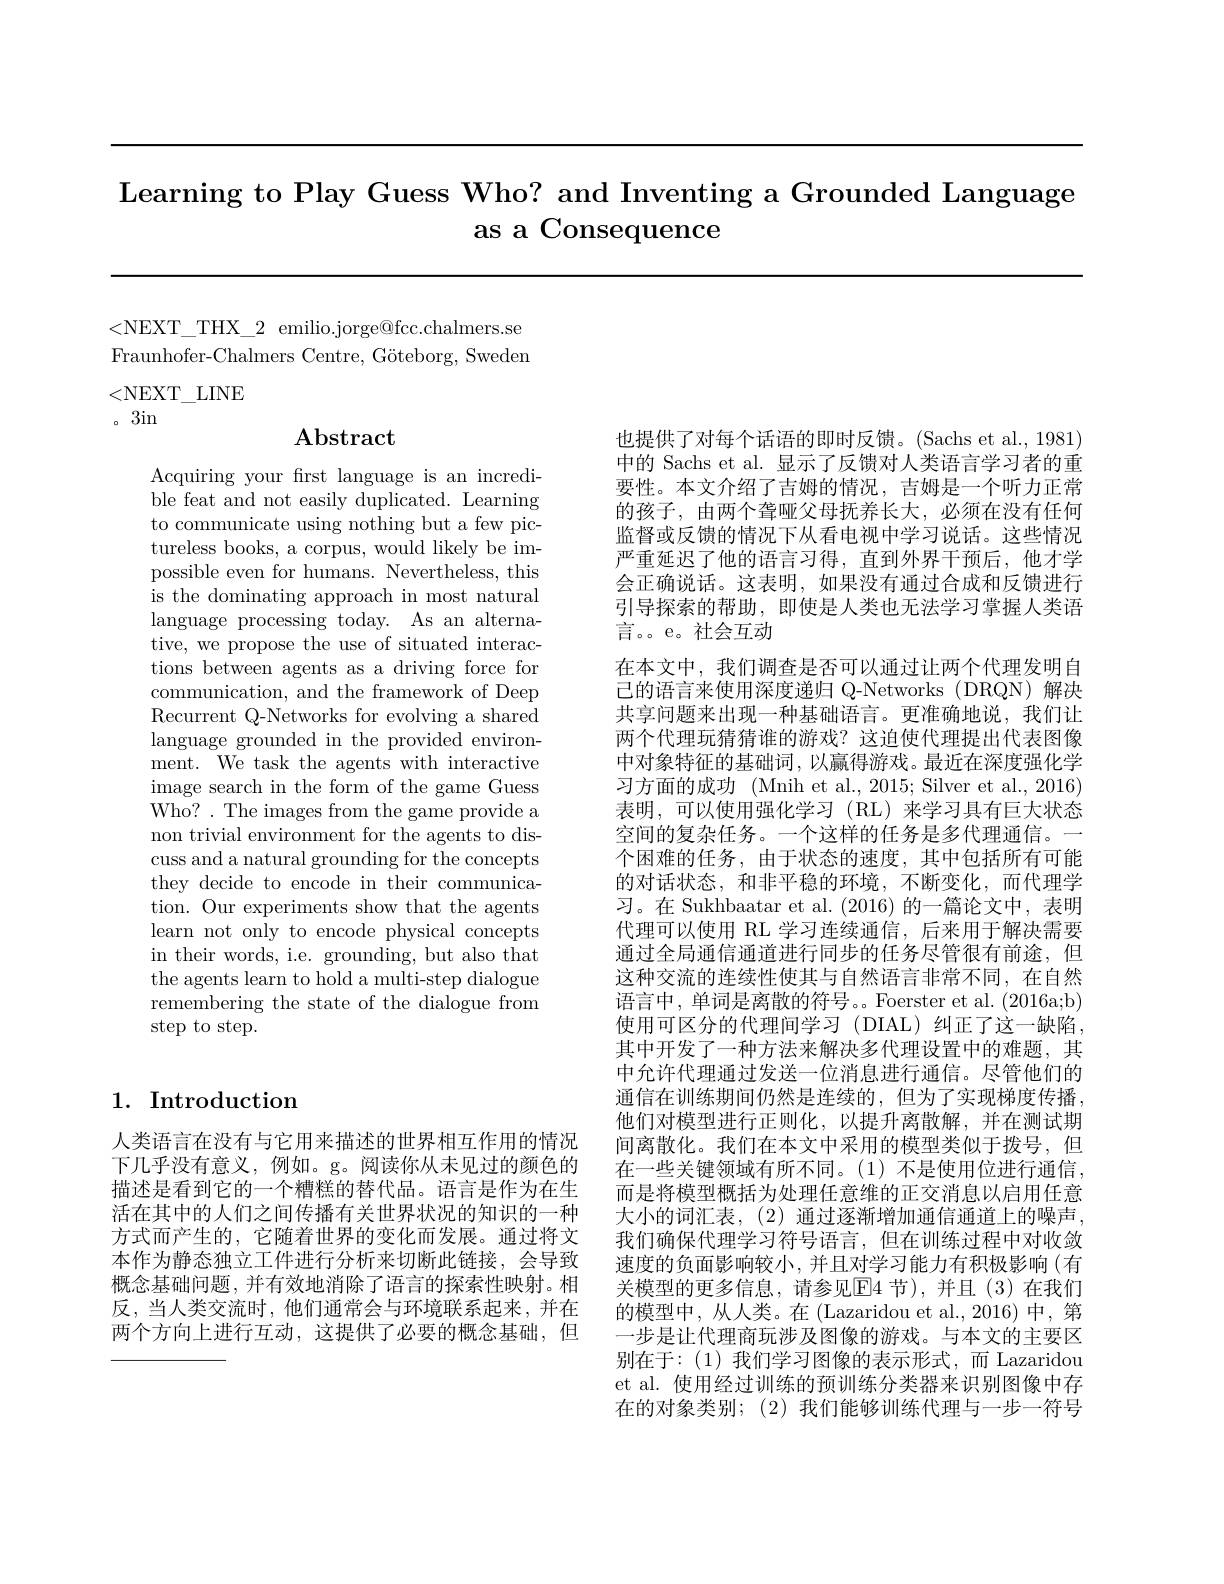
Learning to Play Guess Who? and Inventing a Grounded Language
as a Consequence

<NEXT\_THX\_2 emilio.jorge@fcc.chalmers.se Fraunhofer-Chalmers Centre, Göteborg, Sweden <NEXT\_LINE
。3in

## $\mathbf{Abstract}$

Acquiring your frst language is an incredible feat and not easily duplicated. Learning to communicate using nothing but a few pictureless books, a corpus, would likely be impossible even for humans. Nevertheless, this is the dominating approach in most natural language processing today. As an alternative, we propose the use of situated interactions between agents as a driving force for communication, and the framework of Deep Recurrent Q-Networks for evolving a shared language grounded in the provided environment. We task the agents with interactive image search in the form of the game Guess Who? . The images from the game provide a non trivial environment for the agents to discuss and a natural grounding for the concepts they decide to encode in their communication. Our experiments show that the agents learn not only to encode physical concepts in their words, i.e. grounding, but also that the agents learn to hold a multi-step dialogue remembering the state of the dialogue from step to step.

## 1. Introduction

人类语言在没有与它用来描述的世界相互作用的情况概念基础问题，并有效地消除了语言的探索性映射。相反，当人类交流时，他们通常会与环境联系起来，并在两个方向上进行互动，这提供了必要的概念基础，但

也提供了对每个话语的即时反馈。(Sachs et al., 1981) 中的 Sachs et al. 显示了反馈对人类语言学习者的重要性。本文介绍了吉姆的情况，吉姆是一个听力正常的孩子，由两个聋哑父母抚养长大，必须在没有任何监督或反馈的情况下从看电视中学习说话。这些情况严重延迟了他的语言习得，直到外界干预后，他才学会正确说话。这表明，如果没有通过合成和反馈进行引导探索的帮助，即使是人类也无法学习掌握人类语言。。e。社会互动
在本文中，我们调查是否可以通过让两个代理发明自已的语言来使用深度递归 Q-Networks (DRQN)解决共享问题来出现一种基础语言。更准确地说，我们让两个代理玩猜猜谁的游戏？这迫使代理提出代表图像中对象特征的基础词，以赢得游戏。最近在深度强化学习方面的成功 (Mnih et al.,2015; Silver et al., 2016) 表明，可以使用强化学习(RL)来学习具有巨大状态空间的复杂任务。一个这样的任务是多代理通信。一个困难的任务，由于状态的速度，其中包括所有可能的对话状态，和非平稳的环境，不断变化，而代理学习。在 Sukhbaatar et al. (2016)的一篇论文中，表明代理可以使用 RL 学习连续通信，后来用于解决需要通过全局通信通道进行同步的任务尽管很有前途，但这种交流的连续性使其与自然语言非常不同，在自然语言中，单词是离散的符号。。Foerster et al. (2016a;b) 使用可区分的代理间学习 (DIAL) 纠正了这一缺陷， 其中开发了一种方法来解决多代理设置中的难题，其中允许代理通过发送一位消息进行通信。尽管他们的通信在训练期间仍然是连续的，但为了实现梯度传播， 他们对模型进行正则化，以提升离散解，并在测试期间离散化。我们在本文中采用的模型类似于拨号，但
下几乎没有意义，例如。g。阅读你从未见过的颜色的 在一些关键领域有所不同。(1)不是使用位进行通信， 描述是看到它的一个糟糕的替代品。语言是作为在生 而是将模型概括为处理任意维的正交消息以启用任意活在其中的人们之间传播有关世界状况的知识的一种 大小的词汇表，(2)通过逐渐增加通信通道上的噪声， 方式而产生的，它随着世界的变化而发展。通过将文 我们确保代理学习符号语言，但在训练过程中对收敛本作为静态独立工件进行分析来切断此链接，会导致 速度的负面影响较小，并且对学习能力有积极影响(有
关模型的更多信息，请参见E4 节),并且(3)在我们的模型中，从人类。在(Lazaridou et al.,2016)中，第一步是让代理商玩涉及图像的游戏。与本文的主要区别在于：(1)我们学习图像的表示形式，而 Lazaridou et al. 使用经过训练的预训练分类器来识别图像中存在的对象类别；(2)我们能够训练代理与一步一符号